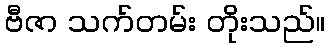
ဗီဇာ သက်တမ်း တိုးသည်။